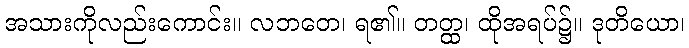
အသားကိုလည်းကောင်း။ လဘတေ၊ ရ၏။ တတ္ထ၊ ထိုအရပ်၌။ ဒုတိယော၊